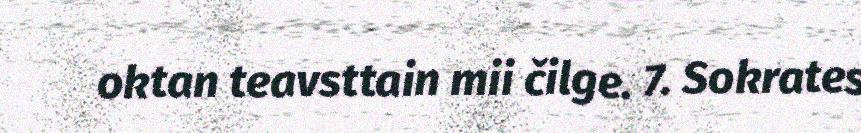
oktan teavsttain mii čilge. 7. Sokrates